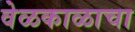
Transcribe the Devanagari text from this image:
वेळकाळाचा